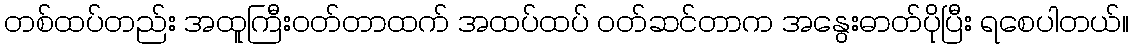
တစ်ထပ်တည်း အထူကြီးဝတ်တာထက် အထပ်ထပ် ဝတ်ဆင်တာက အနွေးဓာတ်ပိုပြီး ရစေပါတယ်။